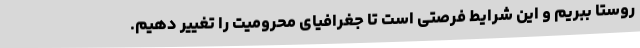
روستا ببریم و این شرایط فرصتی است تا جغرافیای محرومیت را تغییر دهیم.